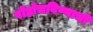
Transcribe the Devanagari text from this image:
पोहोचविण्याची